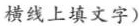
横线上填文字)